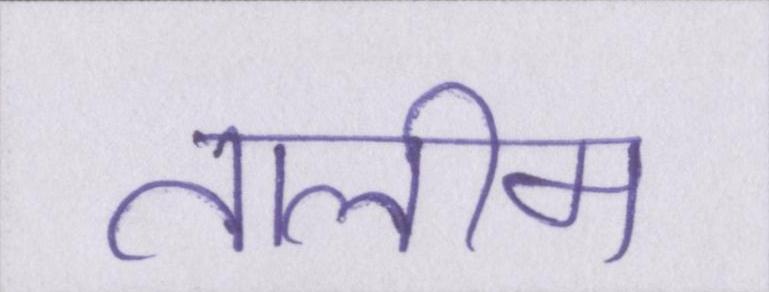
तालीम